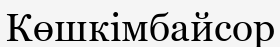
Көшкімбайсор